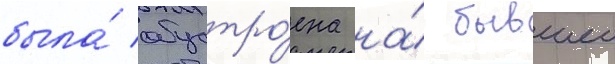
была́ обустро́ена на́ бывшеи